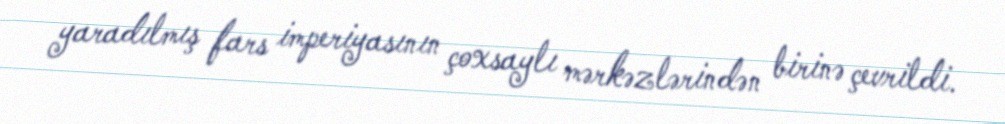
yaradılmış fars imperiyasının çoxsaylı mərkəzlərindən birinə çevrildi.